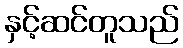
နှင့်ဆင်တူသည်